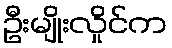
ဦးမျိုးလှိုင်က